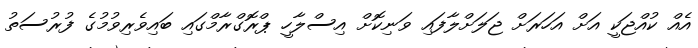
އެއް ކުއްޖަކީ އަށް އަހަރަށް ޖަލަށްލާފައި ވަނިކޮށް އިސްލާހީ ޕްރޮގްރާމްގައި ބައިވެރިވުމުގެ ފުރުސަތު